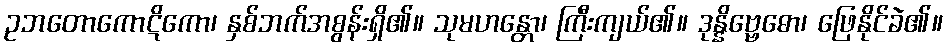
ဥဘတောကောဋိကော၊ နှစ်ဘက်အစွန်းရှိ၏။ သုမဟန္တော၊ ကြီးကျယ်၏။ ဒုန္နိဗ္ဗေဓော၊ ဖြေနိုင်ခဲ၏။